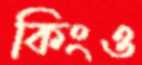
কিংও